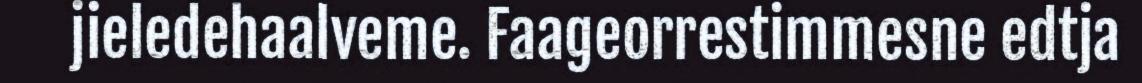
jieledehaalveme. Faageorrestimmesne edtja